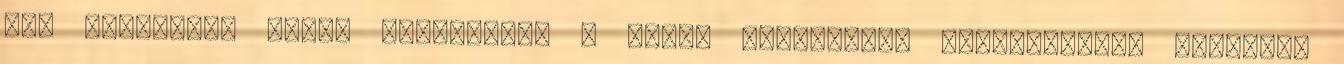
egy gyerekben ahogy igyekeztem a másik mozgásának ellentétesen mozogni,